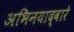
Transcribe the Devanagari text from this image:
अभिनयाद्वारे